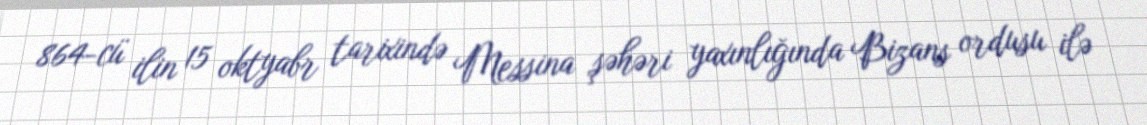
864-cü ilin 15 oktyabr tarixində Messina şəhəri yaxınlığında Bizans ordusu ilə